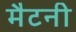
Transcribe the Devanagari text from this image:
मैटनी